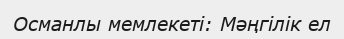
Османлы мемлекеті: Мәңгілік ел